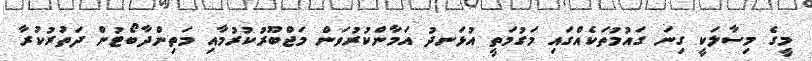
މީގެ މިސާލަކީ ގިނަ ގައުމުތަކެއްގައި މަގުމަތީ އުޅަނދު އަމާންކުރުވަން މަޖްބޫރުކުރުމާއި މަތިންދާބޯޓުން ދަތުރުކުރާ